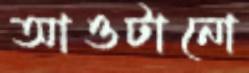
আওটানো